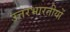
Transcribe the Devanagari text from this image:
उत्तरभारतीयों